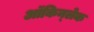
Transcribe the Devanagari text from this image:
ऑकिन्लेक